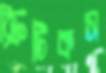
ক্রিটিকস